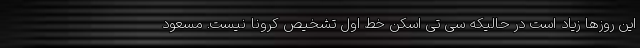
این روزها زیاد است در حالیکه سی تی اسکن خط اول تشخیص کرونا نیست. مسعود